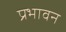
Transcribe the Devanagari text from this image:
प्रभावन